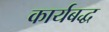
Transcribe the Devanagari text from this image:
कार्यबद्ध